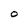
Character: O